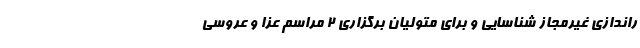
راندازی غیرمجاز شناسایی و برای متولیان برگزاری ۲ مراسم عزا و عروسی